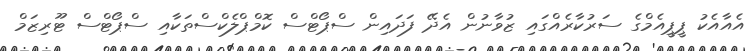
އެއާއެކު ޕީޕީއެމްގެ ސަރުކާރެއްގައި ޒުވާނުން އެދޭ ފަދައިން ސްޕޯޓްސް ކޮމްޕްލެކްސްތަކާއި ސްޕޯޓްސް ޓޫރިޒަމް